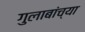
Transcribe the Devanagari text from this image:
गुलाबांच्या